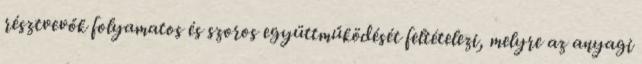
résztvevők folyamatos és szoros együttműködését feltételezi, melyre az anyagi